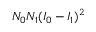
N _ { 0 } N _ { 1 } ( I _ { 0 } - I _ { 1 } ) ^ { 2 }